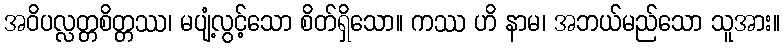
အဝိပလ္လတ္တစိတ္တဿ၊ မပျံ့လွင့်သော စိတ်ရှိသော။ ကဿ ဟိ နာမ၊ အဘယ်မည်သော သူအား။